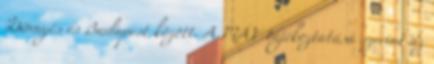
Dinnyés és Budapest között. A MÁV tájékoztatása szerint az